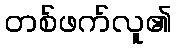
တစ်ဖက်လူ၏